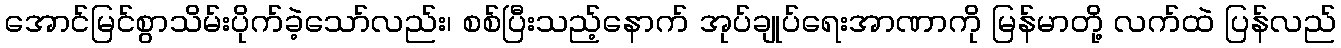
အောင်မြင်စွာသိမ်းပိုက်ခဲ့သော်လည်း၊ စစ်ပြီးသည့်နောက် အုပ်ချုပ်ရေးအာဏာကို မြန်မာတို့ လက်ထဲ ပြန်လည်